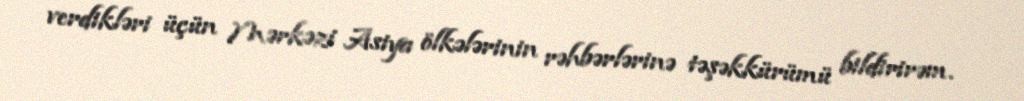
verdikləri üçün Mərkəzi Asiya ölkələrinin rəhbərlərinə təşəkkürümü bildirirəm.